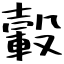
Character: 轂